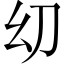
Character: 㓜